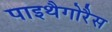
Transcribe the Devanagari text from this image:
पाइथैगोरैस